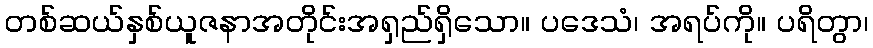
တစ်ဆယ်နှစ်ယူဇနာအတိုင်းအရှည်ရှိသော။ ပဒေသံ၊ အရပ်ကို။ ပရိတွာ၊